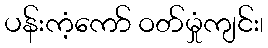
ပန်းကံ့ကော် ဝတ်မှုံကျင်း၊